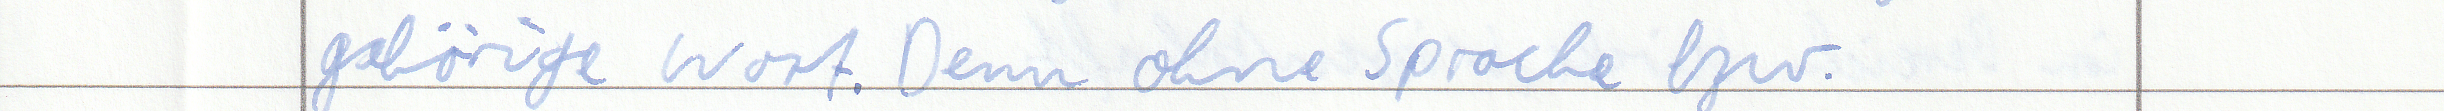
gehörige Wort. Denn ohne Sprache bzw.